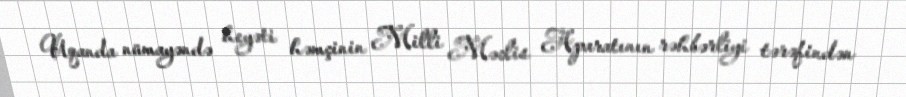
Uqanda nümayəndə heyəti həmçinin Milli Məclis Aparatının rəhbərliyi tərəfindən